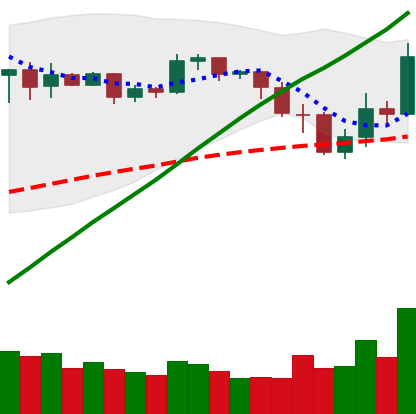
Ticker: BNB-USD
Chart end date: 2019-05-13
Forward return: 19.259%
Label: up_7plus